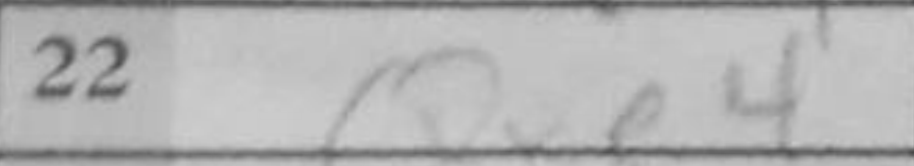
Transcription: Qxe4